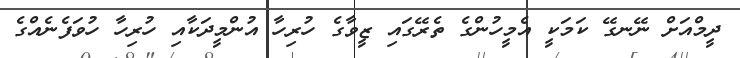
ދީމްއަށް ނޭނގޭ ކަމަކީ އެމީހުންގެ ތެރޭގައި ޒީވާގެ ހުރިހާ އުންމީދަކާއި ހުރިހާ ހުވަފެނެއްގެ